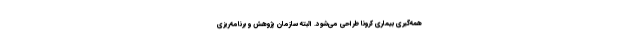
همه‌گیری بیماری کرونا طراحی می‌شود. البته سازمان پژوهش و برنامه‌ریزی